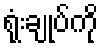
ရုံးချုပ်ကို